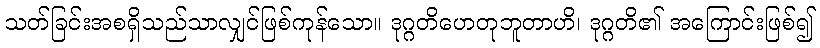
သတ်ခြင်းအစရှိသည်သာလျှင်ဖြစ်ကုန်သော။ ဒုဂ္ဂတိဟေတုဘူတာဟိ၊ ဒုဂ္ဂတိ၏ အကြောင်းဖြစ်၍